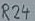
Text: R24